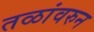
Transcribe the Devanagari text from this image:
तळांवरुन